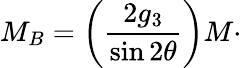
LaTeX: M_{B}=\left(\frac{2g_{3}}{\sin 2\theta}\right)M\cdot